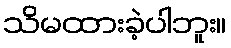
သိမထားခဲ့ပါဘူး။